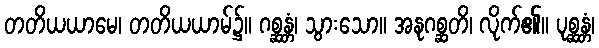
တတိယယာမေ၊ တတိယယာမ်၌။ ဂစ္ဆန္တံ၊ သွားသော။ အနုဂစ္ဆတိ၊ လိုက်၏။ ပုစ္ဆန္တံ၊